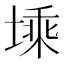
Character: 塖